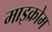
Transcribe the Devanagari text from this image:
माइक्रोम